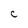
Character: C